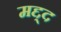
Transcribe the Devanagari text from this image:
मद्द्द